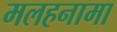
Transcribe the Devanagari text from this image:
मलहनामा